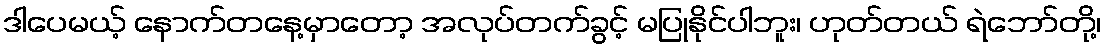
ဒါပေမယ့် နောက်တနေ့မှာတော့ အလုပ်တက်ခွင့် မပြုနိုင်ပါဘူး၊ ဟုတ်တယ် ရဲဘော်တို့၊